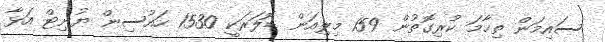
ސައިމަން ތިހާމަ ކުރިގޮތުން 159 މިލިއަން ޑޮލަރަކީ 1530 ހައުސިން ޔުނިޓް އަޅާ